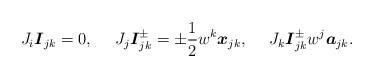
\begin{align*}J_{i}\boldsymbol{I}_{jk}=0,\;\ \ \ J_{j}\boldsymbol{I}_{jk}^{\pm }=\pm \frac{1}{2}w^{k}\boldsymbol{x}_{jk},\;\ \ \ J_{k}\boldsymbol{I}_{jk}^{\pm }w^{j}\boldsymbol{a}_{jk}.\end{align*}